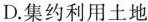
D.集约利用土地